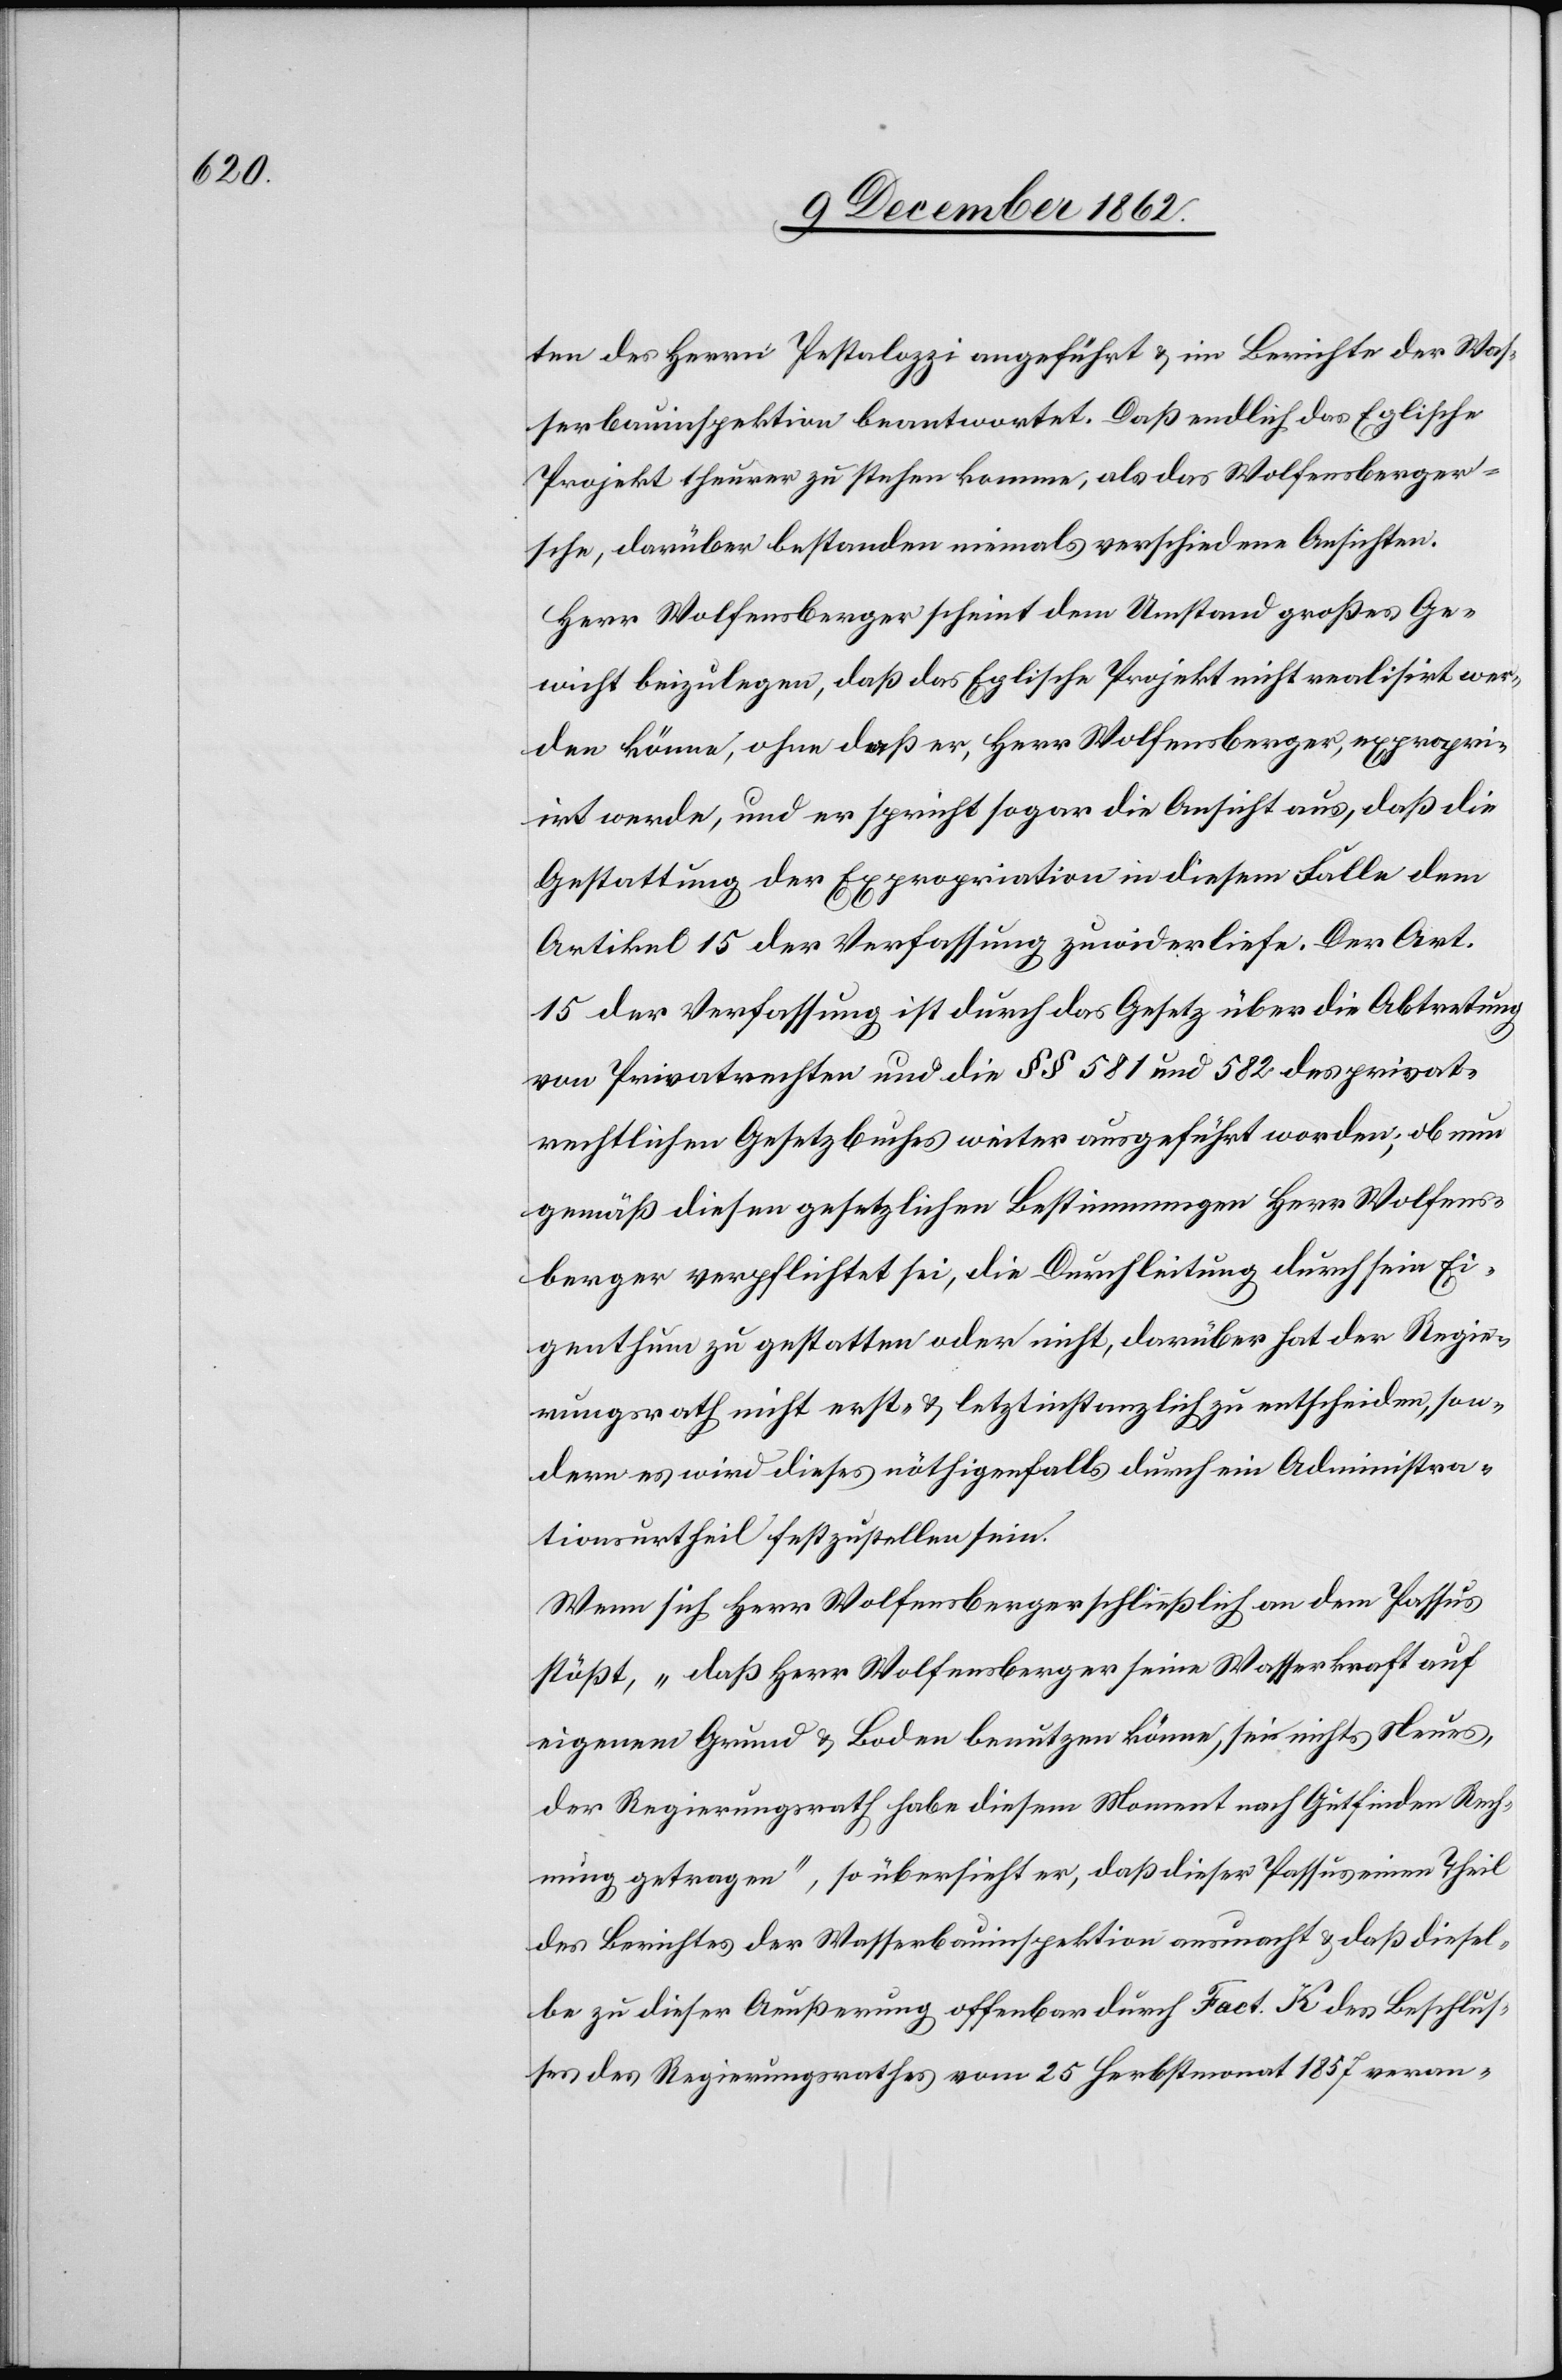
ten des Herrn Pestalozzi angeführt u. im Berichte der Was¬
serbauinspektion beantwortet. Daß endlich das Eglische
Projekt theurer zu stehen komme, als das Wolfensberg¬
sche, darüber bestanden niemals verschiedene Ansichten.
Herr Wolfensberger scheint dem Umstand großes Ge¬
wicht beizulegen, daß das Eglische Projekt nicht realisirt wer¬
den könne, ohne daß er, Herr Wolfensberger, expropri¬
irt werde, und er spricht sogar die Ansicht aus, daß die
Gestattung der Expropriation in diesem Falle dem
Artikel 15 der Verfassung zuwider liefe. Der Art.
15 der Verfassung ist durch das Gesetz über die Abtretung
von Privatrechten und die §§ 581 und 582 des privat¬
rechtlichen Gesetzbuches weiter ausgeführt worden, ob nun
gemäß diesen gesetzlichen Bestimmungen Herr Wolfens¬
berger verpflichtet sei, die Durchleitung durch sein Ei¬
genthum zu gestatten oder nicht, darüber hat der Regie¬
rungsrath nicht erst- u. letztinstanzlich zu entscheiden, son¬
dern es wird dieses nöthigenfalls durch ein Administra¬
tionsurtheil festzustellen sein.
Wenn sich Herr Wolfensberger schließlich an dem Passus
stößt, „daß Herr Wolfensberger seine Wasserkraft auf
eigenem Grund u. Boden benutzen könne, sei nichts Neues,
der Regierungsrath habe diesem Moment nach Gutfinden Rech¬
nung getragen“, so übersieht er, daß dieser Passus einen Theil
des Berichtes der Wasserbauinspektion ausmacht u. daß diesel¬
be zu dieser Aeußerung offenbar durch Fact. K des Beschlus¬
ses des Regierungsrathes vom 25. Herbstmonat 1857 veran-